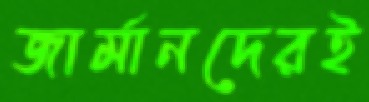
জার্মানদেরই